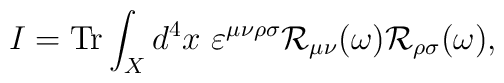
I={\rm Tr}\int_{X}d^{4}x\ \varepsilon^{\mu \nu \rho \sigma}{\cal R}_{\mu \nu }(\omega){\cal R}_{\rho \sigma}(\omega),